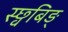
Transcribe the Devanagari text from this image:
स्छ्वबिङ्